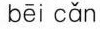
bēi cǎn